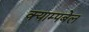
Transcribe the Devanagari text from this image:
क्याम्पबेल